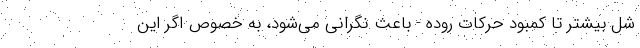
شل بیشتر تا کمبود حرکات روده - باعث نگرانی می‌شود، به خصوص اگر این